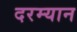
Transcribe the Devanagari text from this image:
दरम्‍यान